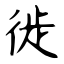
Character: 徙